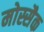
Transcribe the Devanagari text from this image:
मोस्सैक